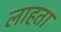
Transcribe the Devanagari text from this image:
लाहता